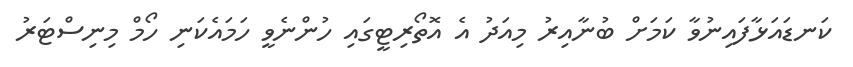
ކަނޑައަޅާފައިނުވާ ކަމަށް ބުނާއިރު މިއަދު އެ އޮތޯރިޓީގައި ހުންނެވީ ހަމައެކަނި ހޯމް މިނިސްޓަރު